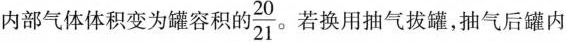
内部气体体积变为罐容积的\frac{20}{21} 。若换用抽气拔罐，抽气后罐内